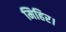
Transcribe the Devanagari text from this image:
मिहिर।